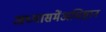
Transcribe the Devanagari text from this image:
अध्यासमेंअधिष्टान